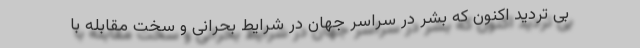
بی تردید اکنون که بشر در سراسر جهان در شرایط بحرانی و سخت مقابله با